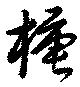
榶